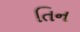
તિન